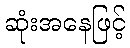
ဆုံးအနေဖြင့်